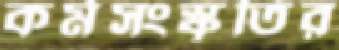
কর্মসংস্কৃতির